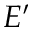
E ^ { \prime }